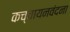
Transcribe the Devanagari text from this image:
कच्चायनवंदना